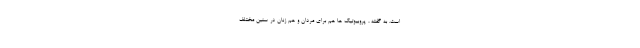
است. به گفته ، پروبیوتیک ها هم برای مردان و هم زنان در سنین مختلف